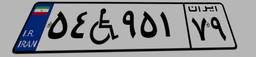
۵۴W۹۵۱۷۹